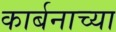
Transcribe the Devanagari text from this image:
कार्बनाच्या